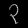
Digit: ၃